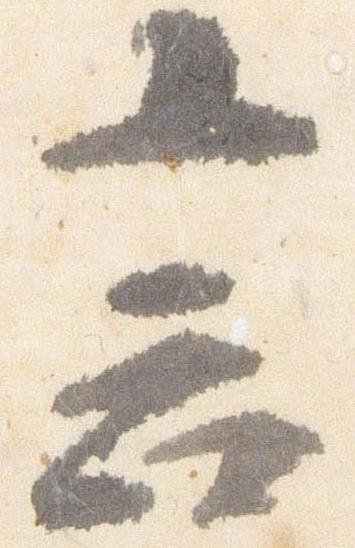
言